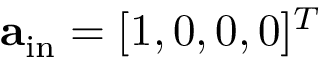
\mathbf { a } _ { \mathrm { i n } } = [ 1 , 0 , 0 , 0 ] ^ { T }